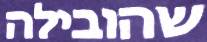
שהובילה